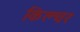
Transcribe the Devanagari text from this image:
किल्चर